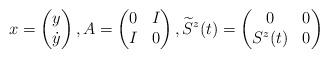
LaTeX: \begin{align*}x=\begin{pmatrix}y\\\dot{y}\end{pmatrix},A=\begin{pmatrix}0&I\\I&0\end{pmatrix},\widetilde{S}^z(t)= \begin{pmatrix}0&0\\S^z(t)&0 \end{pmatrix}\end{align*}